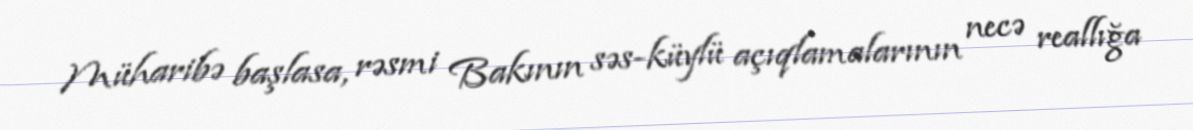
Müharibə başlasa, rəsmi Bakının səs-küylü açıqlamalarının necə reallığa